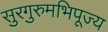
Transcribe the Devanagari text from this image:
सुरगुरुमभिपूज्य